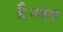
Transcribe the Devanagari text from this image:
है।प्राय